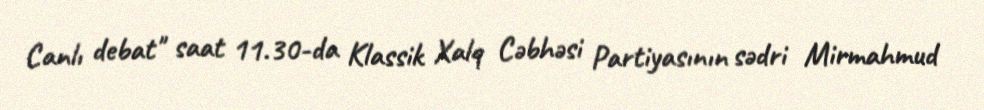
Canlı debat" saat 11.30-da Klassik Xalq Cəbhəsi Partiyasının sədri Mirmahmud